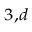
^ { 3 , d }